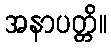
အနာပတ္တိ။